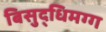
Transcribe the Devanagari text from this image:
बिसुद्धिमग्ग